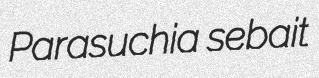
Parasuchia sebait